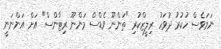
ނަމަވެސް ހުކުރު ދުވަހު ރިލީޒްކުރި "ތަންނޫ ވެޑްސް މަންނޫ ރިޓާންސް" އަށް އަންނަނީ